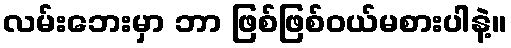
လမ်းဘေးမှာ ဘာ ဖြစ်ဖြစ်ဝယ်မစားပါနဲ့။